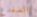
الضفدع